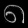
Digit: ၈